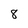
Character: 8